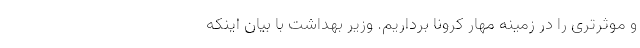
و موثرتری را در زمینه مهار کرونا برداریم. وزیر بهداشت با بیان اینکه